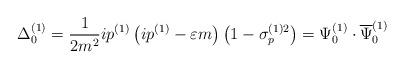
LaTeX: \begin{align*}\Delta _0^{(1)}=\frac 1{2m^2}ip^{(1)}\left( ip^{(1)}-\varepsilon m\right)\left( 1-\sigma _p^{(1)2}\right) =\Psi _0^{(1)}\cdot \overline{\Psi }_0^{(1)}\end{align*}